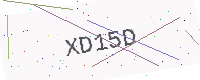
Text: XD15D